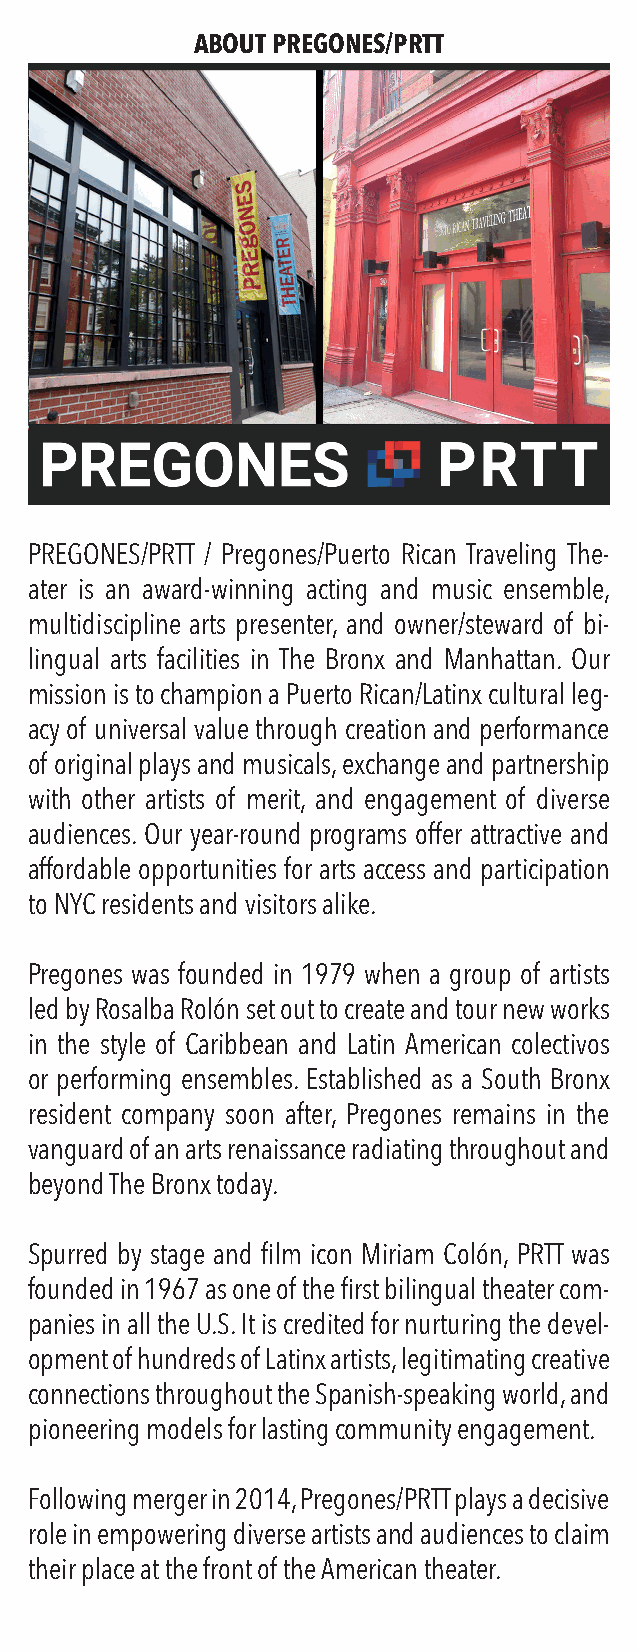
ABOUT PREGONES/PRTT
 PREGONES/PRTT / Pregones/Puerto Rican Traveling The-
 ater is an award-winning acting and music ensemble,
 multidiscipline arts presenter, and owner/steward of bi-
 lingual arts facilities in The Bronx and Manhattan. Our
 mission is to champion a Puerto Rican/Latinx cultural leg-
 acy of universal value through creation and performance
 of original plays and musicals, exchange and partnership
 with other artists of merit, and engagement of diverse
 audiences. Our year-round programs offer attractive and
 affordable opportunities for arts access and participation
 to NYC residents and visitors alike.
 Pregones was founded in 1979 when a group of artists
 led by Rosalba Rolón set out to create and tour new works
 in the style of Caribbean and Latin American colectivos
 or performing ensembles. Established as a South Bronx
 resident company soon after, Pregones remains in the
 vanguard of an arts renaissance radiating throughout and
 beyond The Bronx today.
 Spurred by stage and film icon Miriam Colón, PRTT was
 founded in 1967 as one of the first bilingual theater com-
 panies in all the U.S. It is credited for nurturing the devel-
 opment of hundreds of Latinx artists, legitimating creative
 connections throughout the Spanish-speaking world, and
 pioneering models for lasting community engagement.
 Following merger in 2014, Pregones/PRTT plays a decisive
 role in empowering diverse artists and audiences to claim
 their place at the front of the American theater.